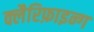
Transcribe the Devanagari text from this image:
क्लैरिफ़ाइन्ग